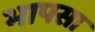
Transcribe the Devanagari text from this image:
भापसा